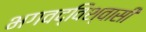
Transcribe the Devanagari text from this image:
भगवद्विश्‍वासी